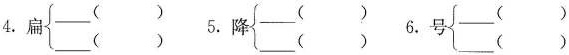
4.扁\left\{\begin{matrix}___()\\___()\end{matrix}\right. 5.降\left\{\begin{matrix}___()\\___()\end{matrix}\right. 6.号\left\{\begin{matrix}___()\\___()\end{matrix}\right.